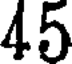
45